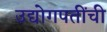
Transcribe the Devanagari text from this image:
उद्योगपतींची